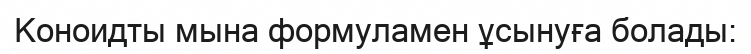
Коноидты мына формуламен ұсынуға болады: